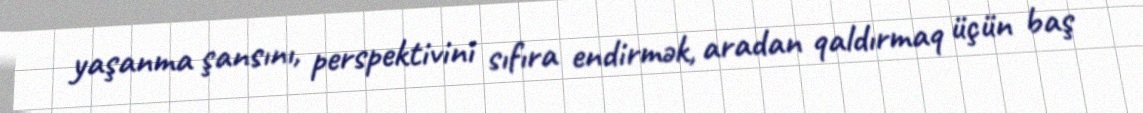
yaşanma şansını, perspektivini sıfıra endirmək, aradan qaldırmaq üçün baş